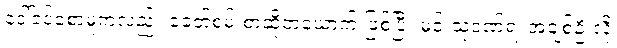
ဒေါ်ခင်စောမူကလည်း ခေတ်စမ်းစာဆိုတယောက် ဖြစ်ပြီး မင်းသုဝဏ်ရဲ့ အချစ်ဦးလို့